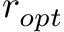
r _ { o p t }